Calcutta medical institutions reports 1871-78
Year: 1871
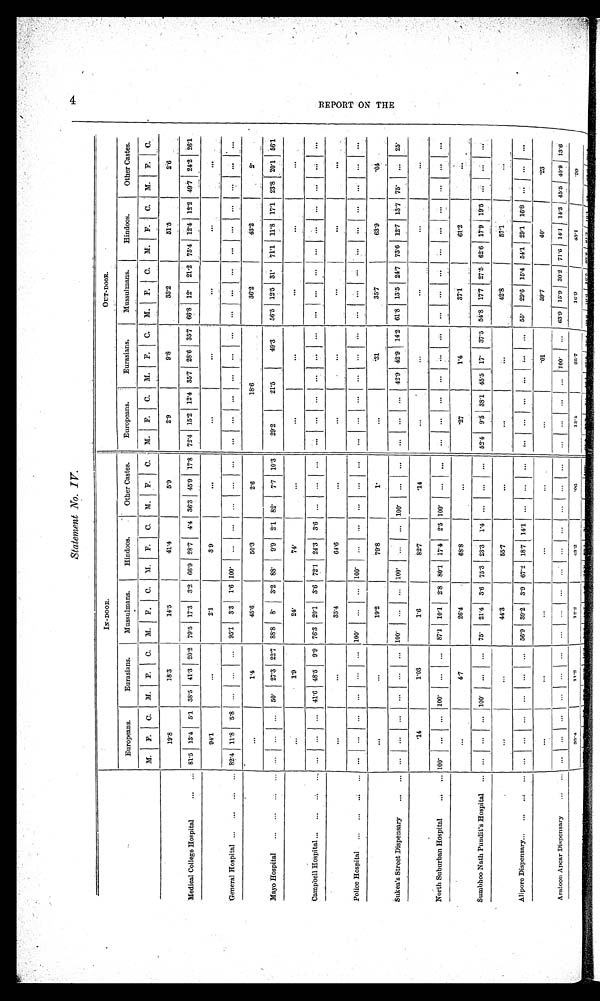
Statement No. IV.
IN-DOOR.
OUT-DOOR.
Europeans.
E u r a s i a n s . Mussulmans.
Hindoos.
Other Castes.
Europeans. Eurasians.
Mussulmans. Hindoos.
Other Castes.
M. F. C. M. F. C. M. F. C. M. F. C. M. F. C. M. F. C. M. F. C. M. F. C.
M. F. C.
M. F. C.
19.8
18.3
14.5
41.4
5.9
2 . 9
9.8
33.2
5 1 . 5
2.6
Medical College Hospital
81.5
1 3 . 4
5 . 1
3 8 . 5 41.3 20.2 79.5 17.3 3.2 66.9 28.7 4.4
3 6 . 3 45.9
1 7 . 8 72.4 15.2 12.4 35.7 28.6 35.7
6 6 . 8 12 21.2 75.4 12.4 12.2 49.7 24.2 26.1
94.1
...
2.1
3.9
...
...
...
...
...
...
General Hospital
82.4 11.8
5 . 8 ... ...
... 95.1 3.3 1.6 100
... ... ...
... ... ... ... ...
... ... ...
... ... ...
... ... ... ... ... ...
...
1.4
4 5 . 6
50.3
2.6
18.6
3 6 . 2
4 3 . 2
2
Mayo Hospital
... ... ... 50
2 7 . 3
2 2 . 7
8 8 . 8
8 3.2 88
9 . 9 2.1 82
7.7
1 0 . 3
2 9 . 2
21.5
49.3
56.5 12.5 31 71.1 11.8 17.1 23.8 20.1
5 6 . 1
. . .
1 . 9
24
74
...
...
...
...
...
...
Campbell Hospital
...
... ...
4 1 6 6
4 8 . 5
9 . 9 76.3
2 0 . 1 3.6 72.1 24.3
3 . 6 ... ... ... ... ... ... ... ... ... ... ... ... ... ... ... ... ...
...
...
...
35.4
6 4 . 6
. . .
. . .
. . .
. . .
. . .
. . .
Police Hospital
... ... ... ... ... ...
1 0 0
. . .
. . .
1 0 0
... ... ... ... ... ...
... ...
... ...
...
... ... ... ... ...
... ...
... ...
...
...
1 9 . 2
79.8
1
...
3 1
3 5 . 7
6 3 . 9
0 4
Sukea's Street Dispensary
... ... ... ... ... ...
1 0 0
... ...
1 0 0
... ...
1 0 0
... ... ... ... ...
42.9 42.9 14.2 61.8 13.5 24.7
7 3 . 6 12.7 13.7 75 ...
25
14
1.03
1.6
82.7
14
...
...
...
...
...
North Suburban Hospital
100 ... ... 100 ... ... 87.1 10.1 2.8 80.1 17.4 2.5 100
... ... ... ... ... ... ... ... ... ... ... ... ...
... ... ... ...
...
4.7
2 6 . 4
68.8
. . .
2 7
1 . 4
37.1
61.2
...
Sumbhoo Nath Pundit's Hospital
... ... ... 100 ... ... 75
2 1 . 4
3 . 6
7 5 . 3 23.3
1 . 4 ... ... ... 52.4 9.5 38.1 45.5 17 37.5 54.8 17.7 27.5 62.6 17.9 19.5 ... ... ...
...
...
4 4 . 3
55.7
...
...
...
4 2 . 8
5 7 . 1
...
Alipore Dispensary
... ... ... ... ... ...
5 6 . 9
3 9 . 2
3 . 9
6 7 . 2
1 8 . 7
1 4 . 1 ...
... ... ... ...
... ...
... ... 55 29.6 15.4
5 4 . 1 29.1 16.8 ... ... ...
...
...
...
...
...
...
01
59.7
4 0
2 3
Aratoon Apcar Dispensary
... ... ... ... ...
... ... ...
... ... ... ...
... ... ... ... ...
... ... 100 ... 63.9 15.9 20.2
7 1 . 6 14.1 14.3 45.5 40.9
1 3 . 6
33.4
1 1 . 2
1 2 . 2
4 3 . 2
0 6
13.4
2 5 . 7
1 6 . 9
4 3 . 1
9 9
4 R E P O R T O N T H E